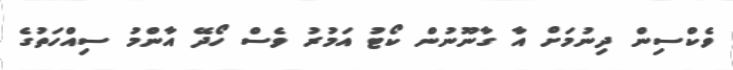
ވެކްސިން ދިނުމަށް އާ ގާނޫނުން ކޯޓު އަމުރު ވެސް ހޯދޭ އާންމު ސިއްހަތުގެ